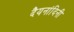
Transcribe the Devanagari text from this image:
दैयनांदिनी